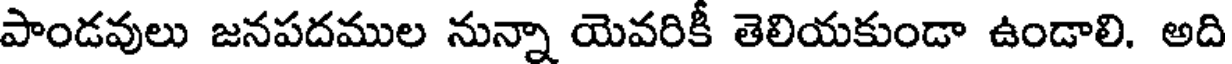
పాండవులు జనపదముల నున్నా యెవరికీ తెలియకుండా ఉండాలి. అది